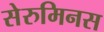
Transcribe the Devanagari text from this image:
सेरुमिनस